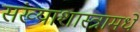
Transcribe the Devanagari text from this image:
संख्याशास्त्रामधे